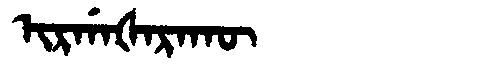
Manchu: ᡳᡵᡤᠠᡧᠠᡵᠠᡴᡡ
Romanization: IRGAŠARAKŪ